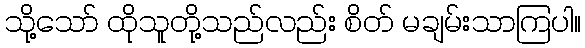
သို့သော် ထိုသူတို့သည်လည်း စိတ် မချမ်းသာကြပါ။